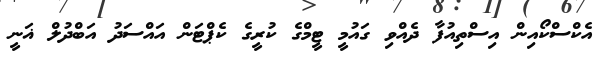
އެކްސްކޯއިން އިސްތިއުފާ ދެއްވި ގައުމީ ޓީމްގެ ކުރީގެ ކެޕްޓަން އައްސަދު އަބްދުލް ޣަނީ